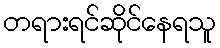
တရားရင်ဆိုင်နေရသူ